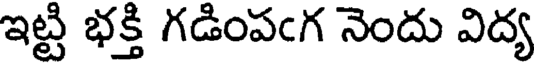
ఇట్టి భక్తి గడింపఁగ నెందు విద్య